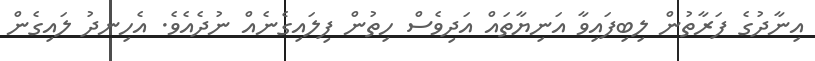
އިނާދުގެ ފަރާތުން ލިބިފައިވާ އަނިޔާތައް އަދިވެސް ހިތުން ފިލައިގެނެއް ނުދެއެވެ. އެހިނދު ލައިގެން